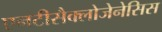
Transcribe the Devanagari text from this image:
एनटीसैक्लोजेनेसिस